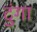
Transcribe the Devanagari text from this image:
टुंगा